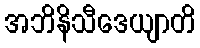
အဘိနိသီဒေယျာတိ